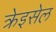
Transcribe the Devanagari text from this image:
क्रेइसेल